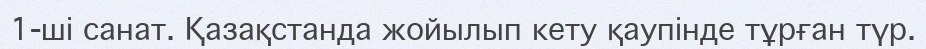
1-ші санат. Қазақстанда жойылып кету қаупінде тұрған түр.